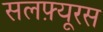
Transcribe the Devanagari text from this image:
सलफ़्यूरस